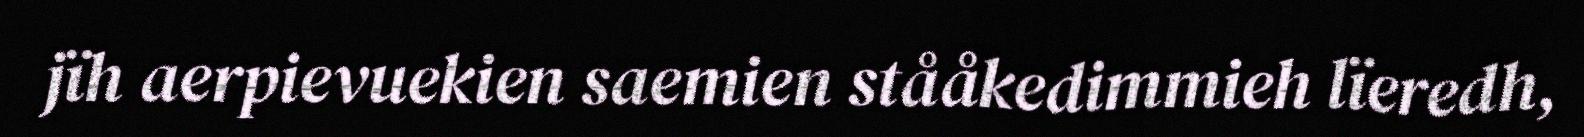
jïh aerpievuekien saemien stååkedimmieh lïeredh,